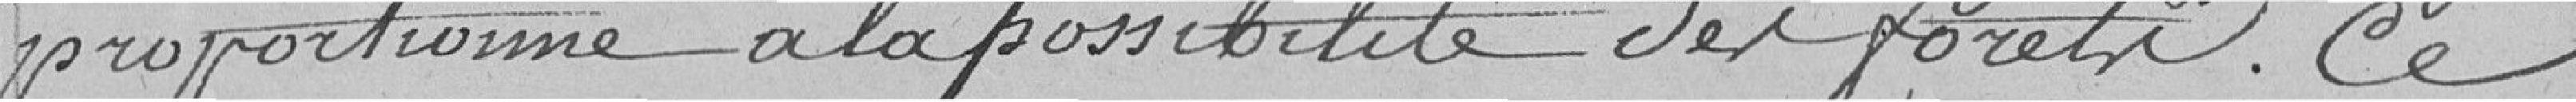
proportionné à la possibilité des forêts. Ce